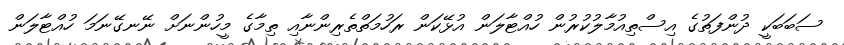
ސަބަބަކީ ދުންފަތުގެ އިސްތިއުމާލުކުރުން ހުއްޓާލަން އުޅޭކަން ރަހުމަތްތެރިންނާއި ތިމާގެ މީހުންނަށް ނޭނގޭނަމަ ހުއްޓާލަން